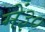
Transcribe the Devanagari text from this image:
में३०